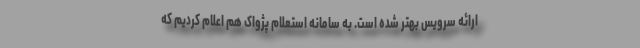
ارائه سرویس بهتر شده است. به سامانه استعلام پژواک هم اعلام کردیم که